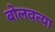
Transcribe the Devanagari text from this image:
बोलवत्या